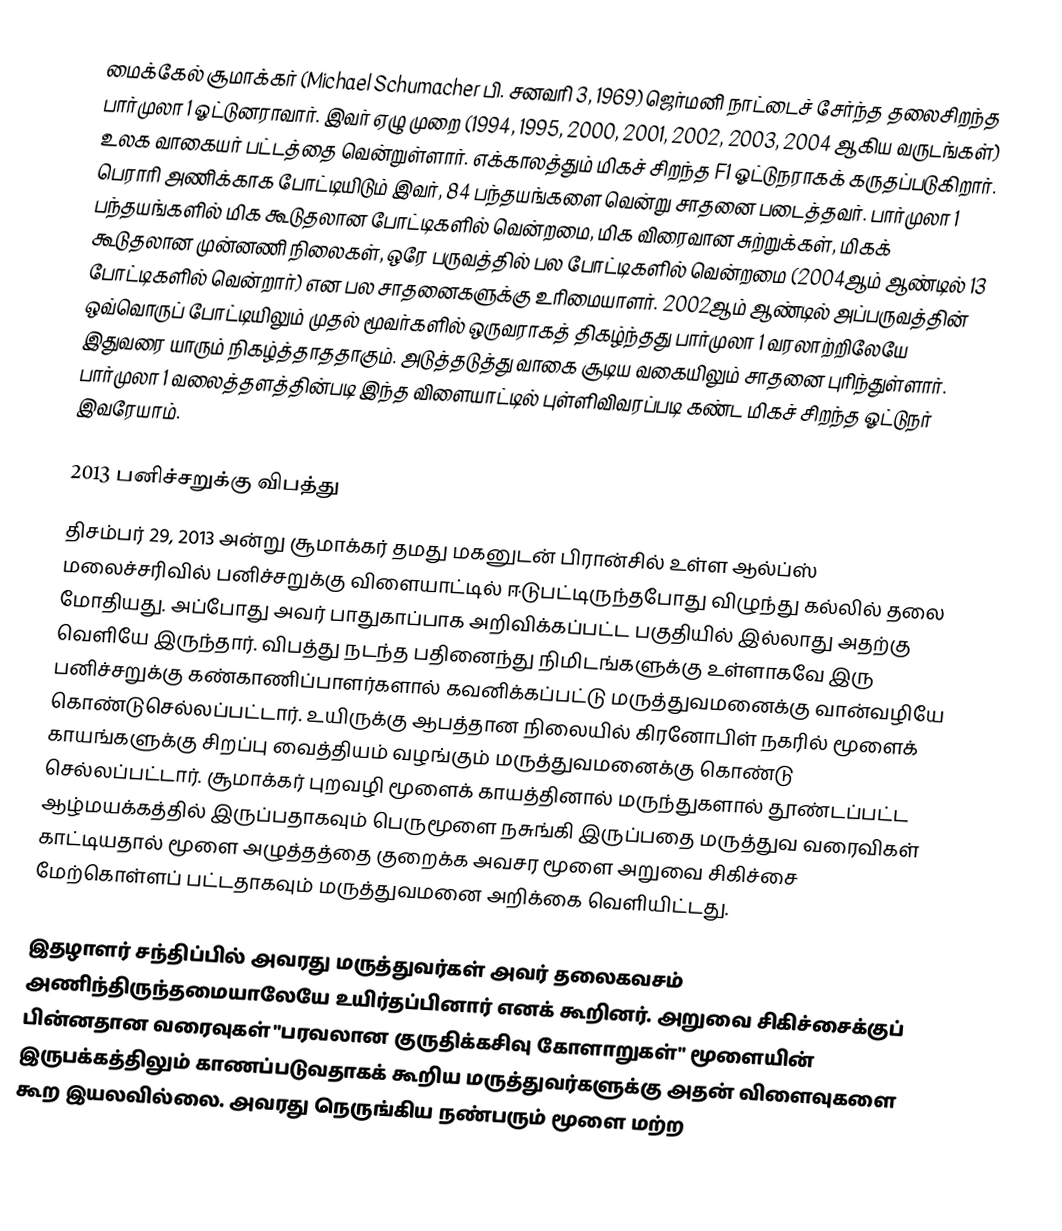
மைக்கேல் சூமாக்கர் (Michael Schumacher பி. சனவரி 3, 1969) ஜெர்மனி நாட்டைச் சேர்ந்த தலைசிறந்த பார்முலா 1  ஓட்டுனராவார். இவர் ஏழு முறை (1994, 1995, 2000, 2001, 2002, 2003, 2004 ஆகிய வருடங்கள்) உலக வாகையர் பட்டத்தை வென்றுள்ளார். எக்காலத்தும் மிகச் சிறந்த F1 ஓட்டுநராகக் கருதப்படுகிறார்.  பெராரி அணிக்காக போட்டியிடும் இவர், 84 பந்தயங்களை வென்று சாதனை படைத்தவர். பார்முலா 1 பந்தயங்களில் மிக கூடுதலான போட்டிகளில் வென்றமை, மிக விரைவான சுற்றுக்கள், மிகக் கூடுதலான முன்னணி நிலைகள், ஒரே பருவத்தில் பல போட்டிகளில் வென்றமை (2004ஆம் ஆண்டில் 13 போட்டிகளில் வென்றார்) என பல சாதனைகளுக்கு உரிமையாளர். 2002ஆம் ஆண்டில்  அப்பருவத்தின் ஒவ்வொருப் போட்டியிலும் முதல் மூவர்களில் ஒருவராகத் திகழ்ந்தது  பார்முலா 1 வரலாற்றிலேயே இதுவரை யாரும் நிகழ்த்தாததாகும். அடுத்தடுத்து வாகை சூடிய வகையிலும் சாதனை புரிந்துள்ளார். பார்முலா 1 வலைத்தளத்தின்படி இந்த விளையாட்டில்  புள்ளிவிவரப்படி கண்ட மிகச் சிறந்த ஓட்டுநர் இவரேயாம்.

2013 பனிச்சறுக்கு விபத்து
திசம்பர் 29, 2013 அன்று சூமாக்கர் தமது மகனுடன் பிரான்சில் உள்ள ஆல்ப்ஸ்   மலைச்சரிவில்  பனிச்சறுக்கு விளையாட்டில் ஈடுபட்டிருந்தபோது  விழுந்து கல்லில் தலை மோதியது. அப்போது அவர் பாதுகாப்பாக அறிவிக்கப்பட்ட பகுதியில் இல்லாது அதற்கு வெளியே இருந்தார். விபத்து நடந்த பதினைந்து நிமிடங்களுக்கு உள்ளாகவே இரு பனிச்சறுக்கு கண்காணிப்பாளர்களால் கவனிக்கப்பட்டு மருத்துவமனைக்கு வான்வழியே கொண்டுசெல்லப்பட்டார். உயிருக்கு ஆபத்தான நிலையில் கிரனோபிள் நகரில் மூளைக் காயங்களுக்கு சிறப்பு வைத்தியம் வழங்கும்  மருத்துவமனைக்கு  கொண்டு செல்லப்பட்டார். சூமாக்கர் புறவழி மூளைக் காயத்தினால் மருந்துகளால் தூண்டப்பட்ட  ஆழ்மயக்கத்தில் இருப்பதாகவும் பெருமூளை நசுங்கி இருப்பதை மருத்துவ வரைவிகள் காட்டியதால் மூளை அழுத்தத்தை குறைக்க அவசர மூளை அறுவை சிகிச்சை மேற்கொள்ளப் பட்டதாகவும் மருத்துவமனை அறிக்கை வெளியிட்டது.

இதழாளர் சந்திப்பில் அவரது மருத்துவர்கள் அவர் தலைகவசம் அணிந்திருந்தமையாலேயே உயிர்தப்பினார் எனக் கூறினர். அறுவை சிகிச்சைக்குப் பின்னதான வரைவுகள் "பரவலான குருதிக்கசிவு கோளாறுகள்" மூளையின் இருபக்கத்திலும் காணப்படுவதாகக் கூறிய மருத்துவர்களுக்கு அதன் விளைவுகளை கூற இயலவில்லை. அவரது நெருங்கிய நண்பரும் மூளை மற்ற